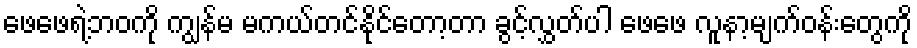
ဖေဖေရဲ့ဘဝကို ကျွန်မ မကယ်တင်နိုင်တော့တာ ခွင့်လွှတ်ပါ ဖေဖေ လူနာ့မျက်ဝန်းတွေကို